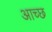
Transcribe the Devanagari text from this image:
आच्छ